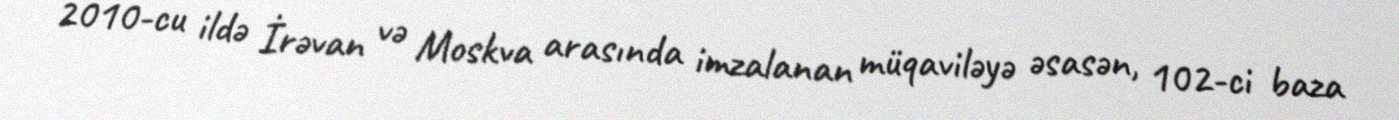
2010-cu ildə İrəvan və Moskva arasında imzalanan müqaviləyə əsasən, 102-ci baza